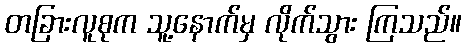
တခြားလူစုက သူ့နောက်မှ လိုက်သွား ကြသည်။